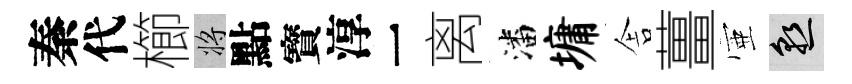
秦代櫛將點寳淳一离潘墉舎薑壺熟